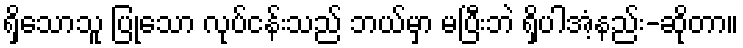
ရှိသောသူ ပြုသော လုပ်ငန်းသည် ဘယ်မှာ မပြီးဘဲ ရှိပါအံ့နည်း-ဆိုတာ။